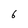
Character: 6